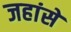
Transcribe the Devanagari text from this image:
जहांसे